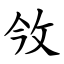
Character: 㪁